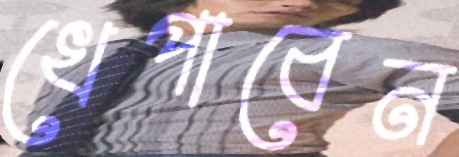
খেপাবেন